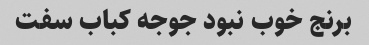
برنج خوب نبود جوجه کباب سفت